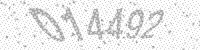
Solution: 014492